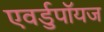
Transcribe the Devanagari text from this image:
एवर्डुपॉयज